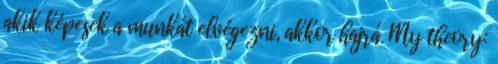
akik képesek a munkát elvégezni, akkor hajrá. My theory: